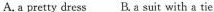
A.a pretty dress B.a suit with a tie